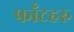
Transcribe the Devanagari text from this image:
फाँटहरु